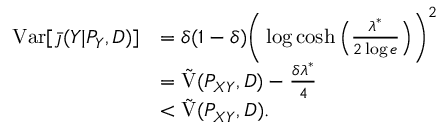
\begin{array} { r l } { \mathrm { V a r } [ \bar { \jmath } ( Y | P _ { Y } , D ) ] } & { = \delta ( 1 - \delta ) \bigg ( \log \cosh \Big ( \frac { \lambda ^ { * } } { 2 \log e } \Big ) \bigg ) ^ { 2 } } \\ & { = \tilde { \mathrm { V } } ( P _ { X Y } , D ) - \frac { \delta \lambda ^ { * } } { 4 } } \\ & { < \tilde { \mathrm { V } } ( P _ { X Y } , D ) . } \end{array}